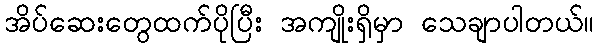
အိပ်ဆေးတွေထက်ပိုပြီး အကျိုးရှိမှာ သေချာပါတယ်။